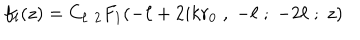
LaTeX: f _ { \ell } ( z ) = C _ { \ell } \; { } _ { 2 } F _ { 1 } ( - \ell + 2 i k r _ { 0 } \; , \; - \ell \; ; \; - 2 \ell \; ; \; z )